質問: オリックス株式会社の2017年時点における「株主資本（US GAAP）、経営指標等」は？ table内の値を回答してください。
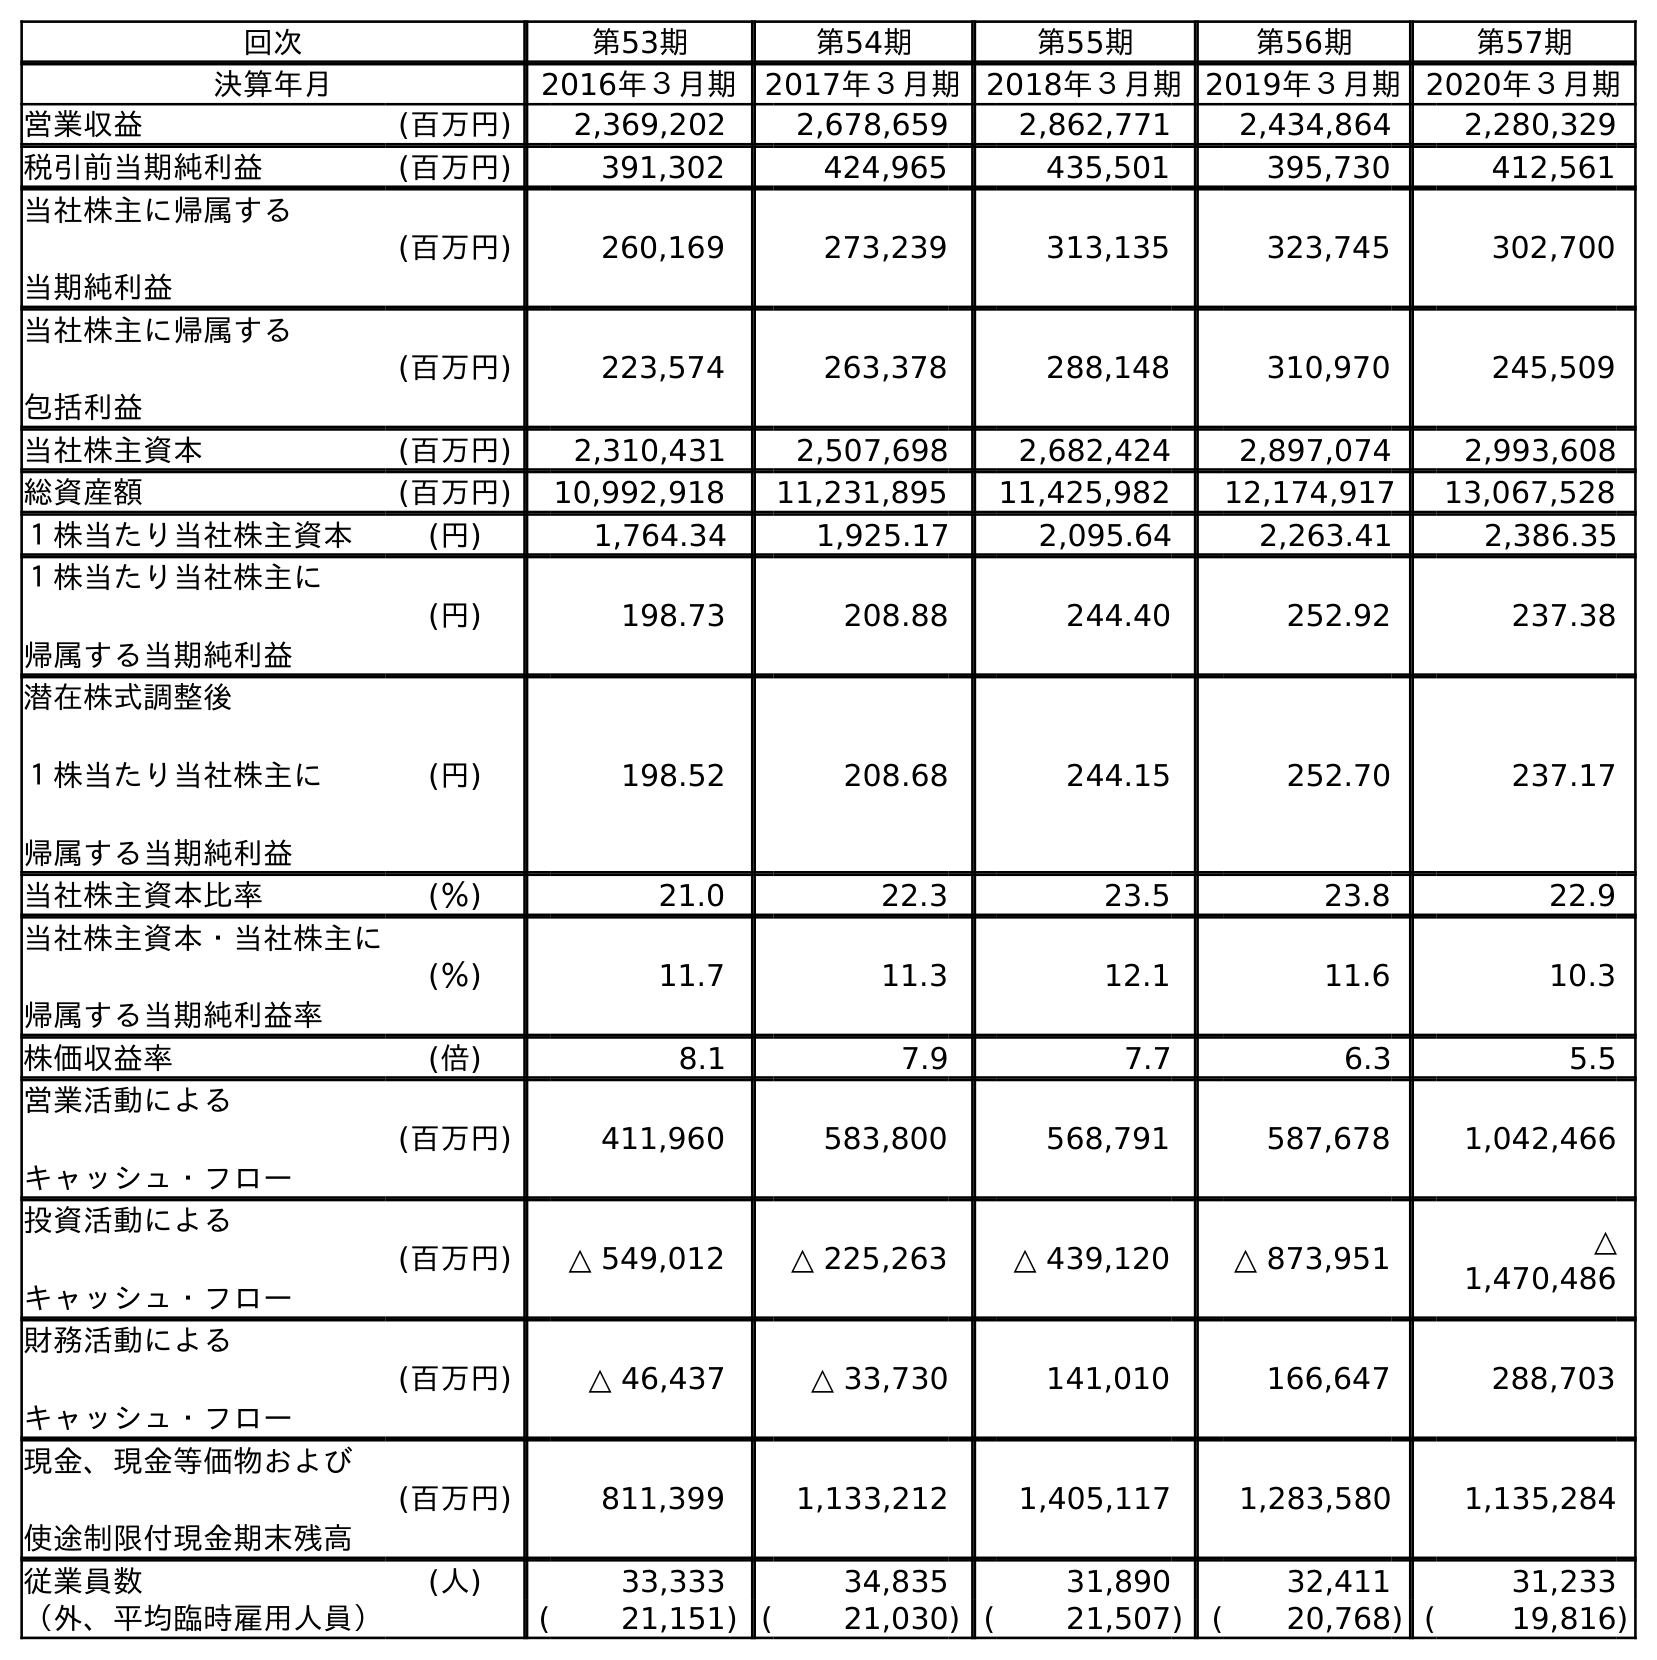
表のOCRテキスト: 回次 第53期 第54期 第55期 第56期 第57期 決算年月 2016年３月期 2017年３月期 2018年３月期2019年３月期2020年３月期 営業収益 (百万円) 2,369,202 2,678,659 2,862,771 2,434,864 2,280,329 税引前当期純利益 (百万円) 391,302 424,965 435,501 395,730 412,561 当社株主に帰属する 当期純利益 (百万円) 260,169 273,239 313,135 323,745 302,700 当社株主に帰属する 包括利益 (百万円) 223,574 263,378 288,148 310,970 245,509 当社株主資本 (百万円) 2,310,431 2,507,698 2,682,424 2,897,074 2,993,608 総資産額 (百万円) 10,992,918 11,231,895 11,425,982 12,174,917 13,067,528 １株当たり当社株主資本 (円) 1,764.34 1,925.17 2,095.64 2,263.41 2,386.35 １株当たり当社株主に 帰属する当期純利益 (円) 198.73 208.88 244.40 252.92 237.38 潜在株式調整後 １株当たり当社株主に 帰属する当期純利益 (円) 198.52 208.68 244.15 252.70 237.17 当社株主資本比率 (％) 21.0 22.3 23.5 23.8 22.9 当社株主資本・当社株主に 帰属する当期純利益率 (％) 11.7 11.3 12.1 11.6 10.3 株価収益率 (倍) 8.1 7.9 7.7 6.3 5.5 営業活動による キャッシュ・フロー (百万円) 411,960 583,800 568,791 587,678 1,042,466 投資活動による キャッシュ・フロー (百万円) △ 549,012 △ 225,263 △ 439,120 △ 873,951 △ 1,470,486 財務活動による キャッシュ・フロー (百万円) △ 46,437 △ 33,730 141,010 166,647 288,703 現金、現金等価物および 使途制限付現金期末残高 (百万円) 811,399 1,133,212 1,405,117 1,283,580 1,135,284 従業員数 (人) 33,333 34,835 31,890 32,411 31,233 （外、平均臨時雇用人員） ( 21,151) ( 21,030) ( 21,507) ( 20,768) ( 19,816)
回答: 2,507,698